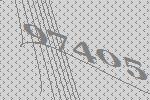
97405